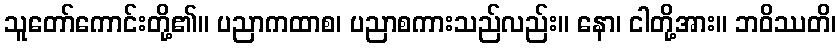
သူတော်ကောင်းတို့၏။ ပညာကထာစ၊ ပညာစကားသည်လည်း။ နော၊ ငါတို့အား။ ဘဝိဿတိ၊